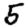
Digit: 5